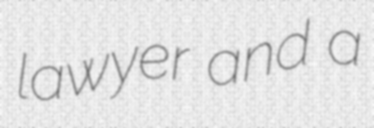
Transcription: lawyer and a